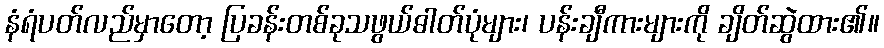
နံရံပတ်လည်မှာတော့ ပြခန်းတစ်ခုသဖွယ်ဓါတ်ပုံများ၊ ပန်းချီကားများကို ချိတ်ဆွဲထား၏။